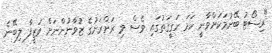
"ރިސޯޓު ބޭނުމަކަށްވާނީ ހަމަ ހަގީގަތުގައި ވެސް މި ރަށްރަށުގެ ޒުވާނުންނަށް ވަޒީފާ ލިބޭނެ